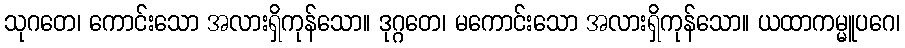
သုဂတေ၊ ကောင်းသော အလားရှိကုန်သော။ ဒုဂ္ဂတေ၊ မကောင်းသော အလားရှိကုန်သော။ ယထာကမ္မူပဂေ၊